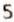
5